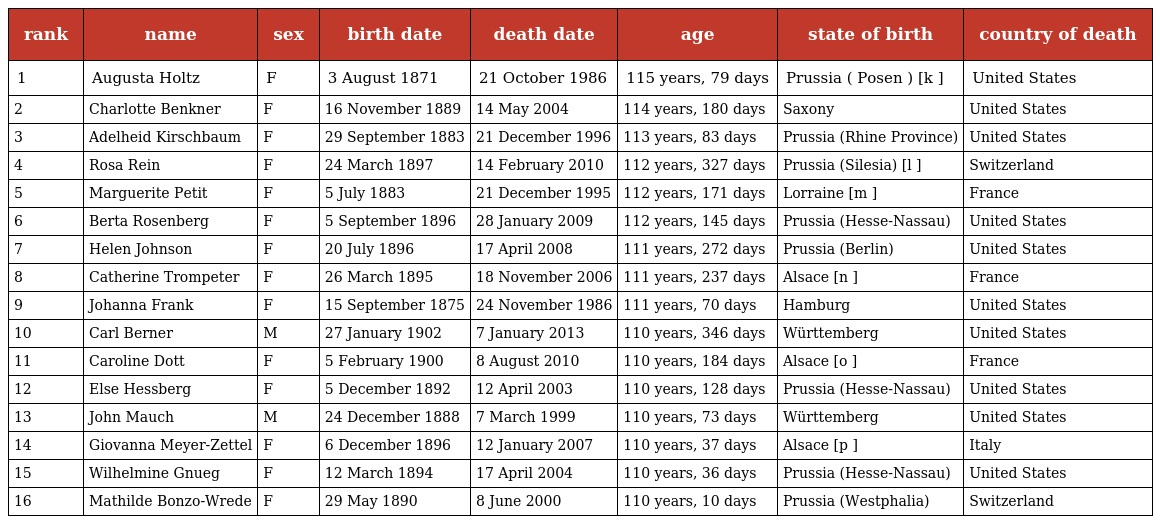
| rank | name | sex | birth date | death date | age | state of birth | country of death |
 | --- | --- | --- | --- | --- | --- | --- | --- |
 | 1 | Augusta Holtz | F | 3 August 1871 | 21 October 1986 | 115 years, 79 days | Prussia ( Posen ) [k ] | United States |
 | 2 | Charlotte Benkner | F | 16 November 1889 | 14 May 2004 | 114 years, 180 days | Saxony | United States |
 | 3 | Adelheid Kirschbaum | F | 29 September 1883 | 21 December 1996 | 113 years, 83 days | Prussia (Rhine Province) | United States |
 | 4 | Rosa Rein | F | 24 March 1897 | 14 February 2010 | 112 years, 327 days | Prussia (Silesia) [l ] | Switzerland |
 | 5 | Marguerite Petit | F | 5 July 1883 | 21 December 1995 | 112 years, 171 days | Lorraine [m ] | France |
 | 6 | Berta Rosenberg | F | 5 September 1896 | 28 January 2009 | 112 years, 145 days | Prussia (Hesse-Nassau) | United States |
 | 7 | Helen Johnson | F | 20 July 1896 | 17 April 2008 | 111 years, 272 days | Prussia (Berlin) | United States |
 | 8 | Catherine Trompeter | F | 26 March 1895 | 18 November 2006 | 111 years, 237 days | Alsace [n ] | France |
 | 9 | Johanna Frank | F | 15 September 1875 | 24 November 1986 | 111 years, 70 days | Hamburg | United States |
 | 10 | Carl Berner | M | 27 January 1902 | 7 January 2013 | 110 years, 346 days | Württemberg | United States |
 | 11 | Caroline Dott | F | 5 February 1900 | 8 August 2010 | 110 years, 184 days | Alsace [o ] | France |
 | 12 | Else Hessberg | F | 5 December 1892 | 12 April 2003 | 110 years, 128 days | Prussia (Hesse-Nassau) | United States |
 | 13 | John Mauch | M | 24 December 1888 | 7 March 1999 | 110 years, 73 days | Württemberg | United States |
 | 14 | Giovanna Meyer-Zettel | F | 6 December 1896 | 12 January 2007 | 110 years, 37 days | Alsace [p ] | Italy |
 | 15 | Wilhelmine Gnueg | F | 12 March 1894 | 17 April 2004 | 110 years, 36 days | Prussia (Hesse-Nassau) | United States |
 | 16 | Mathilde Bonzo-Wrede | F | 29 May 1890 | 8 June 2000 | 110 years, 10 days | Prussia (Westphalia) | Switzerland |